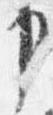
申